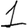
Digit: 1